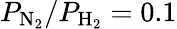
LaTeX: P_{\mathrm{N_{2}}}/P_{\mathrm{H_{2}}}=0.1